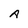
Character: A